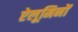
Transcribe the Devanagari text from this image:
ऐलूमिनों